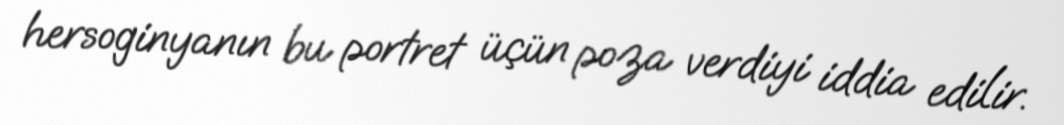
hersoginyanın bu portret üçün poza verdiyi iddia edilir.